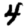
Digit: 4